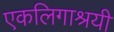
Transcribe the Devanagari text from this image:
एकलिगाश्रयी